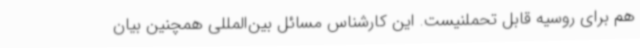
هم برای روسیه قابل تحملنیست. این کارشناس مسائل بین‌المللی همچنین بیان